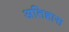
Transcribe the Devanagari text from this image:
अतिहास